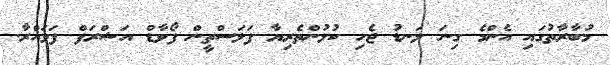
މުބާރާތުގައި އެންމެ ގިނަ ލަނޑު ޖެހި ކުޅުންތެރިޔާ ފަލަސްތީން ފޯވާޑް އަޝްރަފް ފަވަޣްރާ.